Indian journal of veterinary science and animal husbandry - Volumes 18-21, 1948-1951
Year: 1948
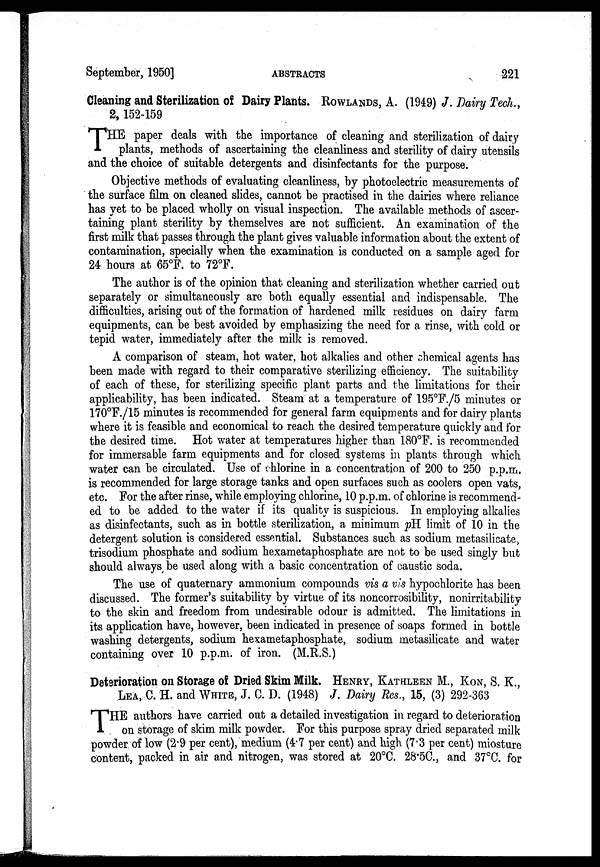
September, 1950]
ABSTRACTS
221
Cleaning and Sterilization of Dairy Plants. ROWLANDS, A. (1949) J. Dairy Tech.,
2, 152-159
T HE paper deals with the importance of cleaning and sterilization of dairy
plants, methods of ascertaining the cleanliness and sterility of dairy utensils
and the choice of suitable detergents and disinfectants for the purpose.
Objective methods of evaluating cleanliness, by photoelectric measurements of
the surface film on cleaned slides, cannot be practised in the dairies where reliance
has yet to be placed wholly on visual inspection. The available methods of ascer-
taining plant sterility by themselves are not sufficient. An examination of the
first milk that passes through the plant gives valuable information about the extent of
contamination, specially when the examination is conducted on a sample aged for
24 hours at 65°F. to 72°F.
The author is of the opinion that cleaning and sterilization whether carried out
separately or simultaneously are both equally essential and indispensable. The
difficulties, arising out of the formation of hardened milk residues on dairy farm
equipments, can be best avoided by emphasizing the need for a rinse, with cold or
tepid water, immediately after the milk is removed.
A comparison of steam, hot water, hot alkalies and other chemical agents has
been made with regard to their comparative sterilizing efficiency. The suitability
of each of these, for sterilizing specific plant parts and the limitations for their
applicability, has been indicated. Steam at a temperature of 195°F./5 minutes or
170°F./15 minutes is recommended for general farm equipments and for dairy plants
where it is feasible and economical to reach the desired temperature quickly and for
the desired time. Hot water at temperatures higher than 180°F. is recommended
for immersable farm equipments and for closed systems in plants through which
water can be circulated. Use of chlorine in a concentration of 200 to 250 p.p.m.
is recommended for large storage tanks and open surfaces such as coolers open vats,
etc. For the after rinse, while employing chlorine, 10 p.p.m. of chlorine is recommend-
ed to be added to the water if its quality is suspicious. In employing alkalies
as disinfectants, such as in bottle sterilization, a minimum pH limit of 10 in the
detergent solution is considered essential. Substances such as sodium metasilicate,
trisodium phosphate and sodium hexametaphosphate are not to be used singly but
should always be used along with a basic concentration of caustic soda.
The use of quaternary ammonium compounds vis a vis hypochlorite has been
discussed. The former's suitability by virtue of its noncorrosibility, nonirritability
to the skin and freedom from undesirable odour is admitted. The limitations in
its application have, however, been indicated in presence of soaps formed in bottle
washing detergents, sodium hexametaphosphate, sodium metasilicate and water
containing over 10 p.p.m. of iron. (M.R.S.)
Deterioration on Storage of Dried Skim Milk. HENRY, KATHLEEN M., KON, S. K.,
LEA, C. H. and WHITE, J. C. D. (1948) J. Dairy Res., 15, (3) 292-363
T HE authors have carried out a detailed investigation in regard to deterioration
on storage of skim milk powder. For this purpose spray dried separated milk
powder of low (2.9 per cent), medium (4.7 per cent) and high (7.3 per cent) miosture
content, packed in air and nitrogen, was stored at 20°C. 28.5C., and 37°C. for